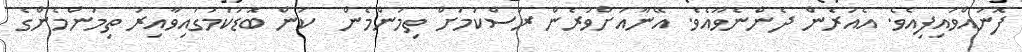
ފޮނުއްވައިފިއެވެ. އެއުރެން ދެންނެވޫއެވެ. އޭނާއަށްވުރެން ރަސްކަމަށް ތިމަންމެން  ކަން ބޮޑުކަމުގައިވާއިރު ތިމަންމެންގެ